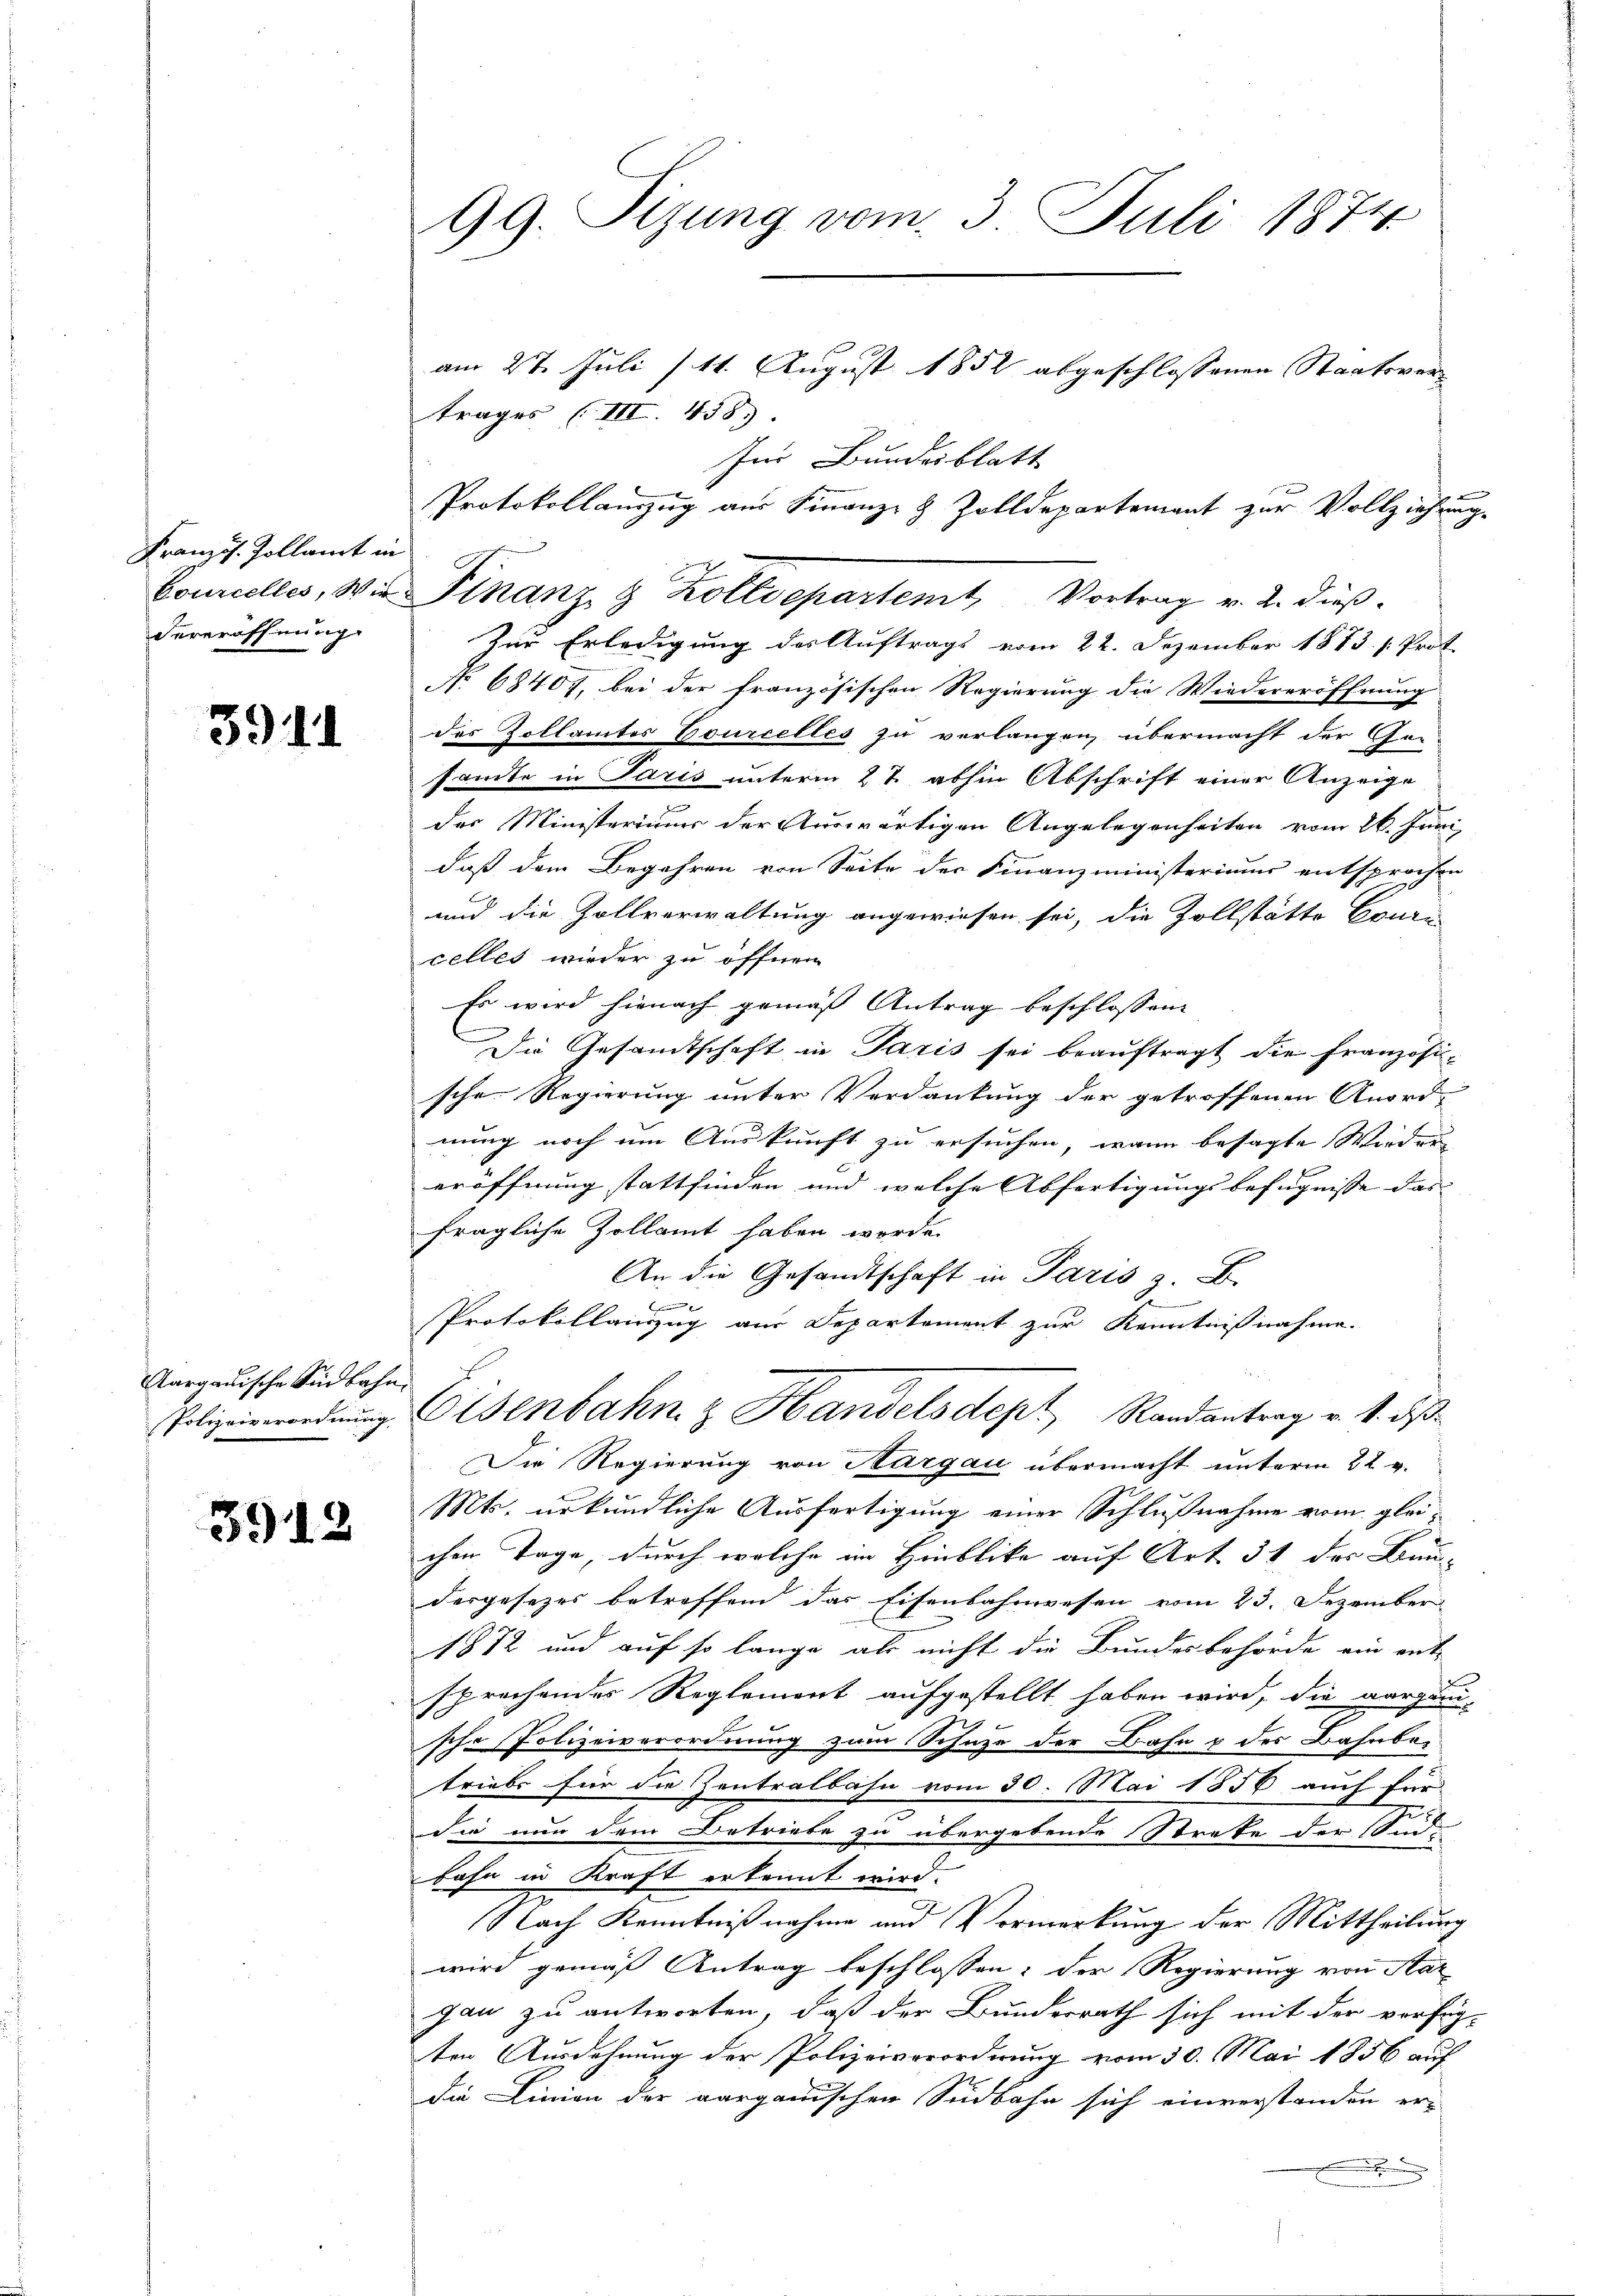
Französ. Zollamt in
Courcelles, Wir
Vereröffnung

3911

Aargauische Südbahn
Polizeiverordnung

3912

99. Sizung vom 3. Juli 1874

am 27. Juli (11. August 1852 abgeschlossenen Staatsvertrages (III. 458.
für Bundesblatt

Protokollauszug aus Finanz- & Zolldepartement zur Vollziehung.
Zur Erledigung des Auftrags vom 22. Dezember 1873 s. Prot.
No 68407, bei der französischen Regierung die Wiedereröffnung
des Zollamtes Bourcelles zu verlangen, übermacht der Ge-
samte in Paris unterm 27. abhin Abschrift einer Anzeige
des Ministerium der Auswärtigen Angelegenheiten vom 26. Juni,
daß dem Begehren von Seite der Finanzministeriums entsprochen
und die Zollverwaltung angewiesen sei, die Zollstätte Couri
celles wieder zu öffnen.
Es wird hienach gemäß Antrag beschlossen:
Die Gesandtschaft in Paris sei beauftragt die Französische Regierung unter Verdankung der getroffenen Anord-
nung noch um Auskunft zu ersuchen, wann besagte Wieder
eröffnung stattfinden und welche Abfertigungsbefugnisse das |
fragliche Zollamt haben worde.
An die Gesandtschaft in Paris z. B.

Protokollanzug aus Departement zur Kenntnißnahme.
Eisenbahn z Handelsdept, Randantrag v. 1. ds
Die Regierung von Aargau übermacht unterm 22. v.
Mts. urkundliche Ausfertigung einer Schlußnahme vom gleichen Tage, durch welche im Hinblike auf Art 31 des Bau-
desgesezes betreffend das Eisenbahnwesen vom 23. Dezember
1872 und auf so lange als nicht die Bundesbehörde ein ent-
sprechendes Reglement aufgestellt haben wird, die aargani-

sche Polizeiverordnung zum Schuze der Bahn & der Bahnbetriebs für die Zentralbahn vom 30. Mai 1856 auch für
Sie nun dem Betriebe zu übergebende Streke der Ande
bahn in Kraft erkannt wird.
Nach Kenntnißnahme und Vormerkung der Mittheilung
wird gemäß Antrag beschlossen: der Regierung von Stat
gan zu antworten, daß der Bundesrath sich mit der verfüg-
ten Ausdehnung der Polizeiverordnung vom 30. Mai 1856 auf
die Linien der aargauischen Südbahn sich einverstanden er¬

Finanz- & Kolldepartemt, Vortrag v. u. dieß.